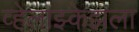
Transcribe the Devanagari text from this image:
व्हेलाझ्केझला